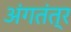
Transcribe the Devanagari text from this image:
अंगतंत्र